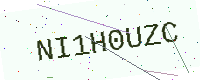
Text: NI1H0UZC